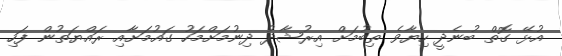
އުޅޭ ގޮތް ބުނެދީ ހިޔާވެ ތިބުމަށް އިރުޝާދު ދިނުމަށްމަހު ގައުމަށާއި ރައްޔަތުން ފަހި